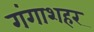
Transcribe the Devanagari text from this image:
गंगाशहर